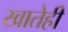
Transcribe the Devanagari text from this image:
खातेही